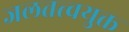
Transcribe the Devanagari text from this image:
जलतत्त्वयुक्त